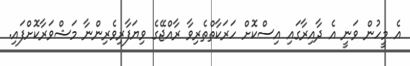
އެ މީހުން ވަނީ އެ ދާއިރާގައި އިސްކޮށް ހަރަކާތްތެރިވާ ރާއްޖޭގެ ވިޔަފާރިވެރިންނާ މަޝްވަރާކޮށްފައި.